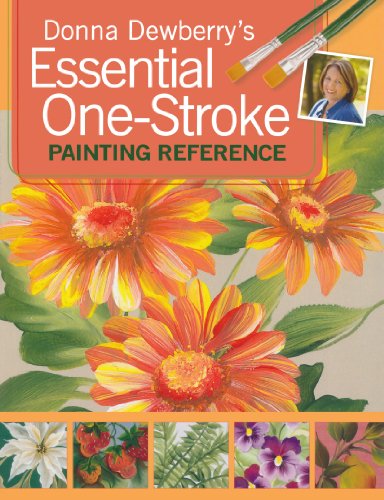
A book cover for Donna Dewberry's Essential One-Stroke Painting Reference; Donna Dewberry; Crafts, Hobbies & Home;